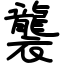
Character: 襲